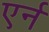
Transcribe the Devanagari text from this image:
एर्न